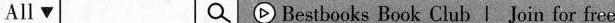
All Bestbooks Book Club | Join for free